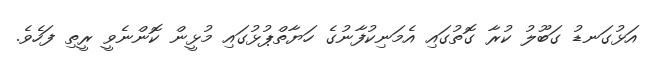
އަޅުގަނޑު ގަބޫލު ކުރާ ގޮތުގައި އެމަނިކުފާނުގެ ހަޔާތްޕުޅުގައި މުޅީން ކޮންނެވީ ރީތި ފަހެވެ.